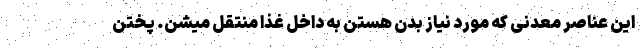
این عناصر معدنی که مورد نیاز بدن هستن به داخل غذا منتقل میشن. پختن